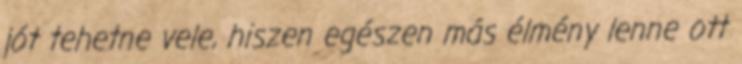
jót tehetne vele, hiszen egészen más élmény lenne ott